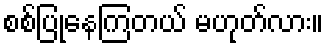
စစ်ပြုနေကြတယ် မဟုတ်လား။